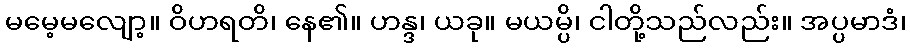
မမေ့မလျော့။ ဝိဟရတိ၊ နေ၏။ ဟန္ဒ၊ ယခု။ မယမ္ပိ၊ ငါတို့သည်လည်း။ အပ္ပမာဒံ၊